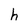
Character: h